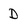
Character: D